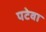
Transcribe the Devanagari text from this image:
पटेवा